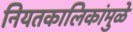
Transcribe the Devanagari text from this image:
नियतकालिकांमुळे